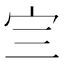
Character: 𰌴